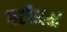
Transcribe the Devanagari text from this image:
घटीअक्ष